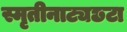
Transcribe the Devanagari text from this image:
स्मृतीनाट्यछटा